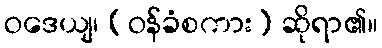
ဝဒေယျ၊ (ဝန်ခံစကား) ဆိုရာ၏။